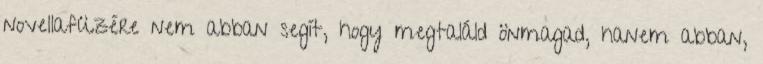
novellafüzére nem abban segít, hogy megtaláld önmagad, hanem abban,